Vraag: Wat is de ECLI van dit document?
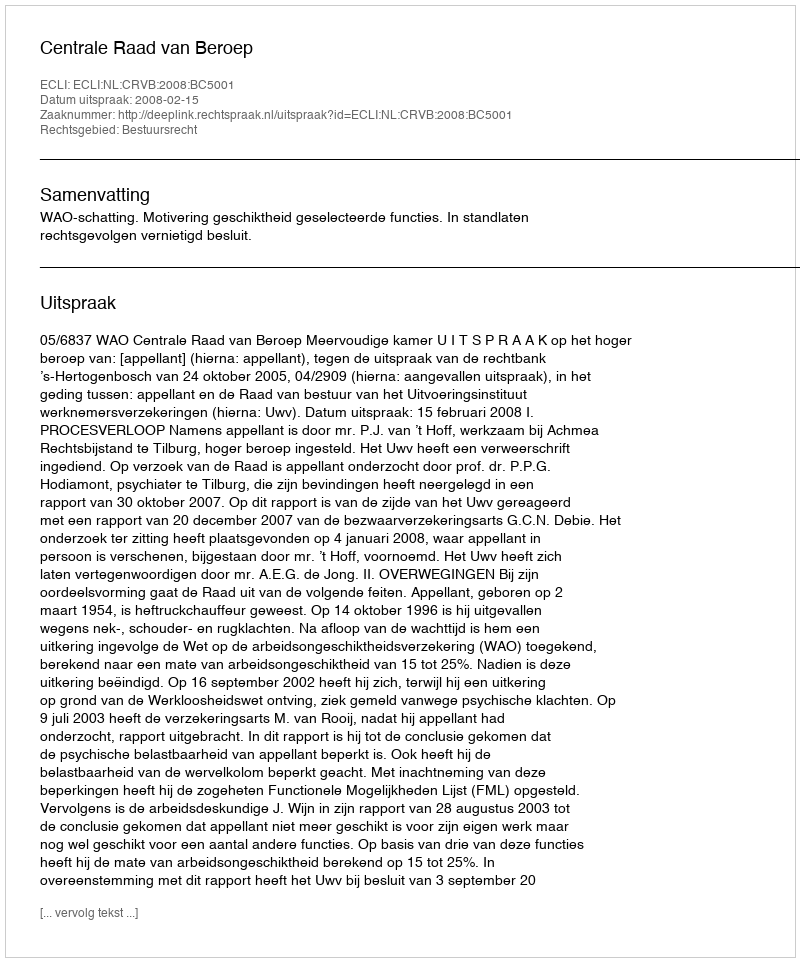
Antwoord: ECLI:NL:CRVB:2008:BC5001